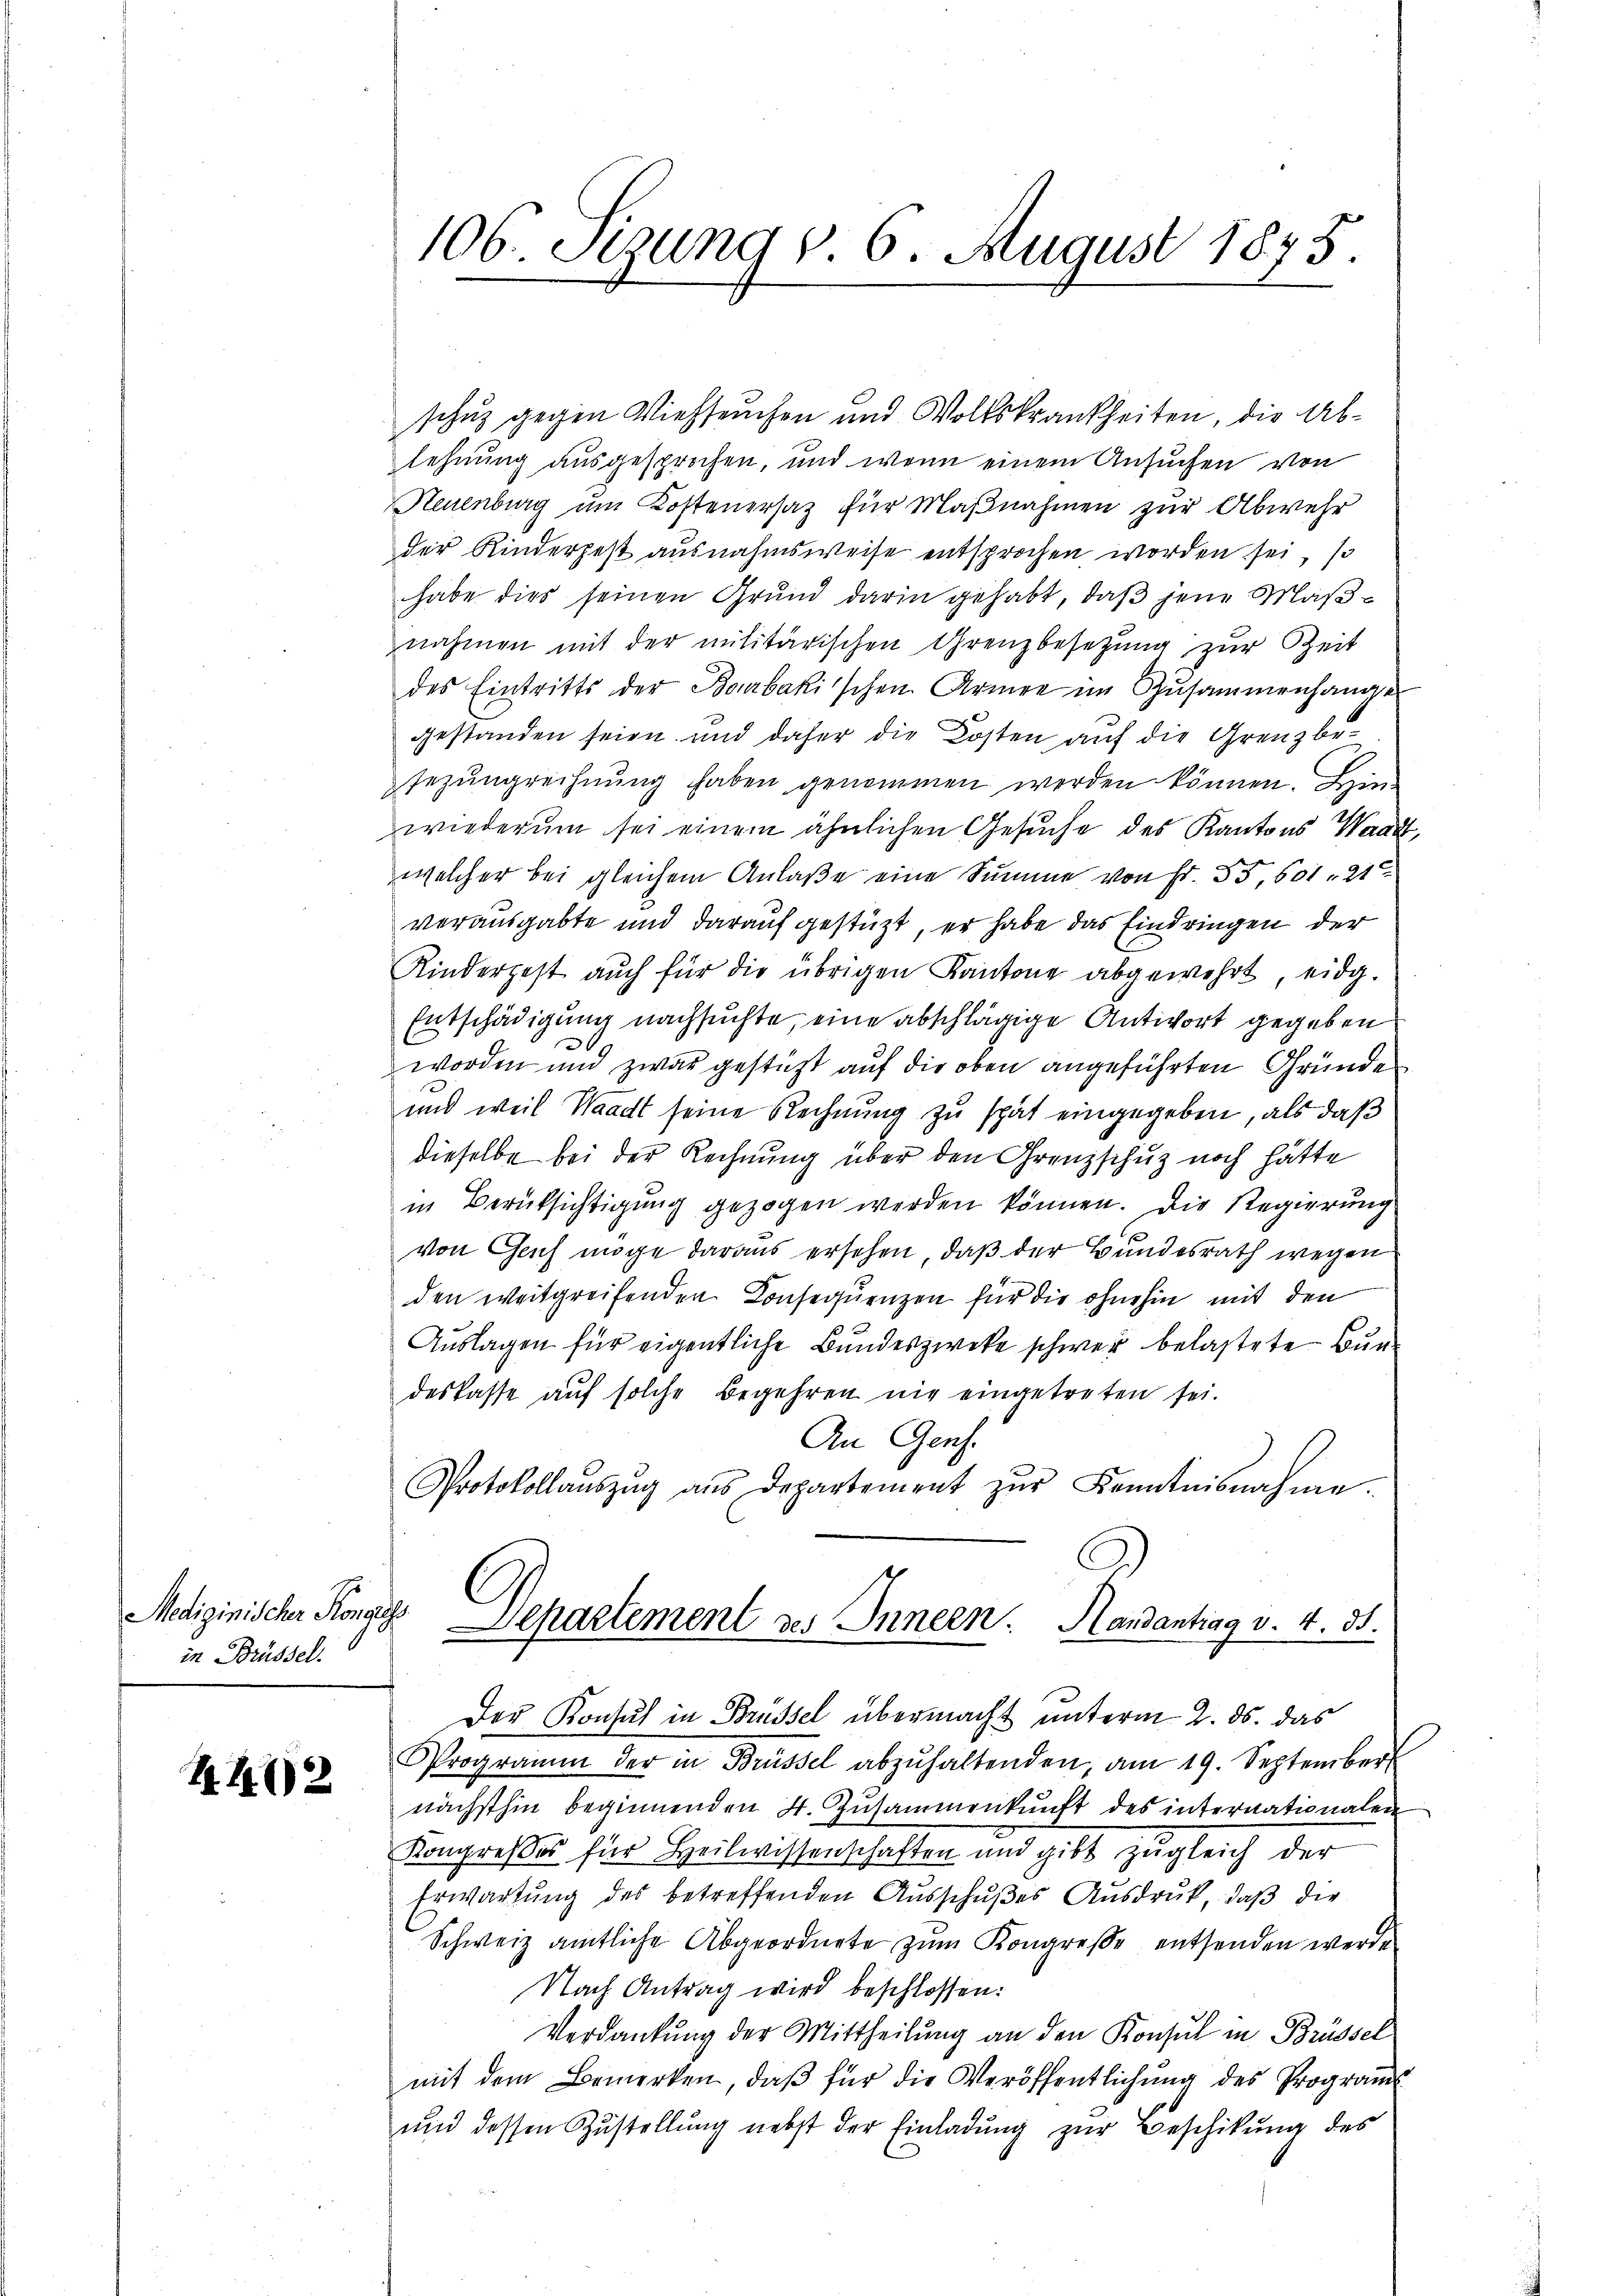
Medizinischer Könguss
in Brüssel.

4. 412

106. Stung v. 6. August 1875.

schutz gegen Viehseuchen und Volkskrankheiten, die Ablehnung ausgesprochen, und wenn einem Ansuchen von
Neuenburg um Kostenersatz für Maßnahmen zur Abwehr
der Kinderpest ausnahmsweise entsprochen worden sei, so
habe dies seinen Grund darin gehabt, daß jene Maßnahmen mit der militärischen Grenzbesetzung zur Zeit
des Eintritts der Bourbakischen Armee im Zusammenhange
gestanden seien und daher die Kosten auf die Grenzbesezungreichnŭng haben genommen werden können. Hinwiederum sei einem ähnlichen Gesuche des Kantons Waad
welcher bei gleichem Anlaße eine Summe von Fr. 55,601 " 21
verausgabte und darauf gestüzt, er habe das Eindringen der
Kindergeht auch für die übrigen Kantone abgewehrt, eidg.
Entschädigung nachsuchte, eine abschlägige Antwort gegeben
worden und zwar gestützt auf die oben angeführten Gründe
und weil Waadt seine Rechnung zu spät eingegeben, als daß
dieselbe bei der Rechnung über den Grenzschutz noch hätte
in Berüksichtigung gezogen werden können. Die Regierung
von Geich möge daraus ersehen, daß der Bundesrath wegen
den weitgreifenden Consequenzen für die ohnehin mit den
Auslagen für eigentliche Bundeszweke schwer belastete Bundeskasse aŭf solche Begehren nie eingetreten sei.
An Genf.
Protokollaŭszŭg aŭs Departement zŭr Kenntnisnahme.
Departement des Innern. Handantrag v. 4. 31.
Der Konsul in Brüssel übermacht unterm 2. ds. das
Programm der in Brüssel abzŭhaltenden, am 19. September
nächsthin beginnenden 4. Zusammenkunft des internationalen
Kongreßes für Heilwissenschaften und gibt zugleich der
Erwartung des betreffenden Ausschußes Ausdruck, daß die
Schweiz amtliche Abgeordnete zum Kongreße entsenden werde
Nach Antrag wird beschlossen:
Verdankung der Mittheilung an den Konsul in Brüssel
mit dem Bemerken, daβ für die Veröffentlichung des Program
ŭnd dessen Zŭstellŭng nebst der Einladŭng zŭr Beschikung des